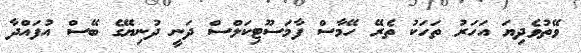
ވޭތުވެދިޔަ އަހަރު ތަހަކު ތެރޭ ހޭމާސް ފާމަސޫޓިކަލްސް ދަނީ ދުނިޔޭގެ ބޭސް އުފައްދާ